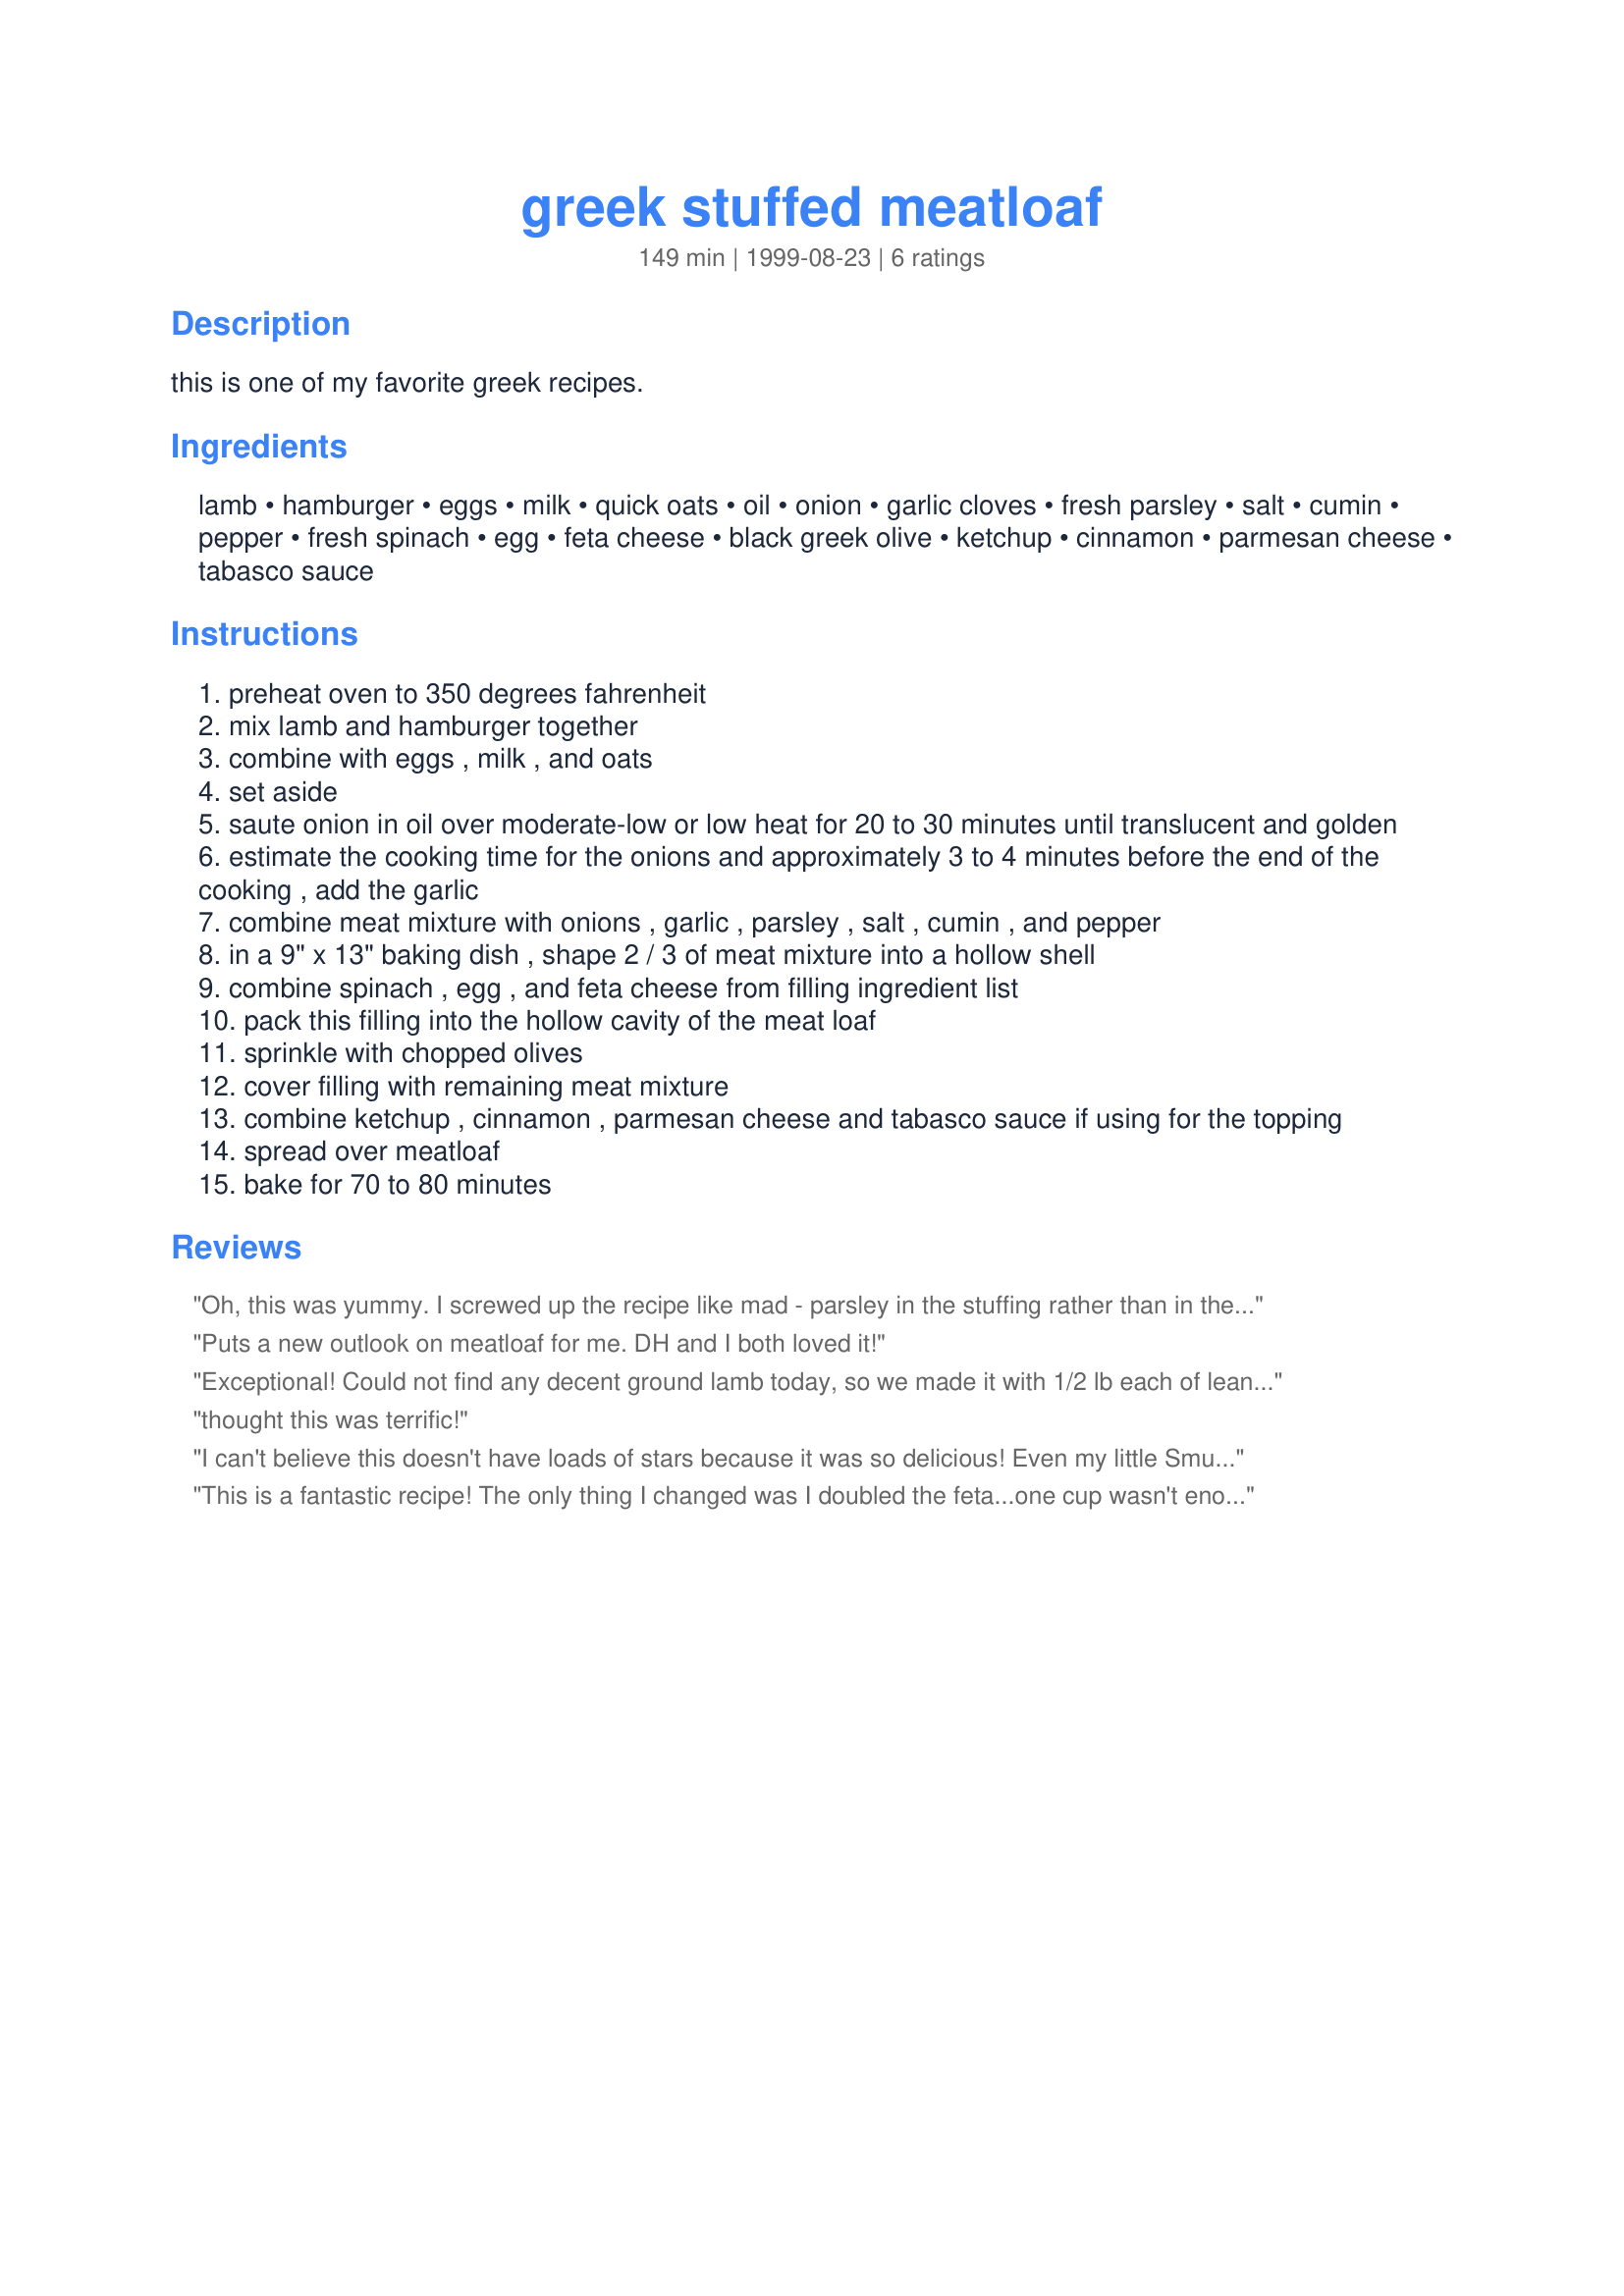
greek stuffed meatloaf
Preparation time: 149 minutes

this is one of my favorite greek recipes.

Ingredients:
lamb, hamburger, eggs, milk, quick oats, oil, onion, garlic cloves, fresh parsley, salt, cumin, pepper, fresh spinach, egg, feta cheese, black greek olive, ketchup, cinnamon, parmesan cheese, tabasco sauce

Steps:
preheat oven to 350 degrees fahrenheit
mix lamb and hamburger together
combine with eggs , milk , and oats
set aside
saute onion in oil over moderate-low or low heat for 20 to 30 minutes until translucent and golden
estimate the cooking time for the onions and approximately 3 to 4 minutes before the end of the cooking , add the garlic
combine meat mixture with onions , garlic , parsley , salt , cumin , and pepper
in a 9" x 13" baking dish , shape 2 / 3 of meat mixture into a hollow shell
combine spinach , egg , and feta cheese from filling ingredient list
pack this filling into the hollow cavity of the meat loaf
sprinkle with chopped olives
cover filling with remaining meat mixture
combine ketchup , cinnamon , parmesan cheese and tabasco sauce if using for the topping
spread over meatloaf
bake for 70 to 80 minutes

Reviews:
Oh, this was yummy. I screwed up the recipe like mad - parsley in the stuffing rather than in the meat, and forgot to buy oats so I used bread crumbs & ground walnuts instead. I smothered a slice in skordalia, took a bite and kinda jumped in my seat. I'm not giving it five stars because that would seem a little absurd, but it sure is yummy.
Puts a new outlook on meatloaf for me. DH and I both loved it!
Exceptional!

Could not find any decent ground lamb today, so we made it with 1/2 lb each of lean ground beef, pork and veal - different taste from lamb, but truely outstanding.

GREAT Dinner Party meal
thought this was terrific!
I can't believe this doesn't have loads of stars because it was so delicious! Even my little Smurffs loved it! I left out the cinnamon for us and just added some Louisiana Hot Sauce, which isn't quite as hot as Tabasco, and gave loads of flavor without loads of hotness. This will be a repeat at our house!
This is a fantastic recipe! The only thing I changed was I doubled the feta...one cup wasn't enough for me. It was perfect! I'm adding this to the "regular meals" section of my personal recipe box. I'll never make another boring meatloaf again!
